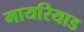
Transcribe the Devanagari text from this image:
मायरियाड